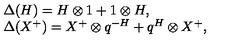
\begin{array} { r c l } { } & { } & { \Delta ( H ) = H \otimes 1 + 1 \otimes H , } \\ { } & { } & { \Delta ( X ^ { + } ) = X ^ { + } \otimes q ^ { - H } + q ^ { H } \otimes X ^ { + } , } \\ \end{array}